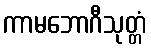
ကာမဘောဂီသုတ္တံ